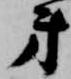
弟